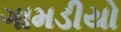
ગામડીયો